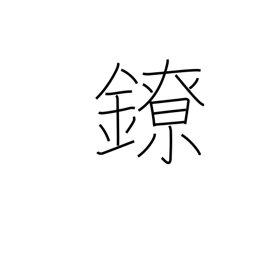
Meaning: chains